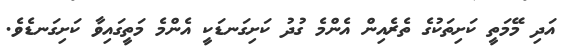
އަދި މޭމަތީ ކަށިތަކުގެ ތެރެއިން އެންމެ ގުދު ކަށިގަނޑަކީ އެންމެ މަތީގައިވާ ކަށިގަނޑެވެ.